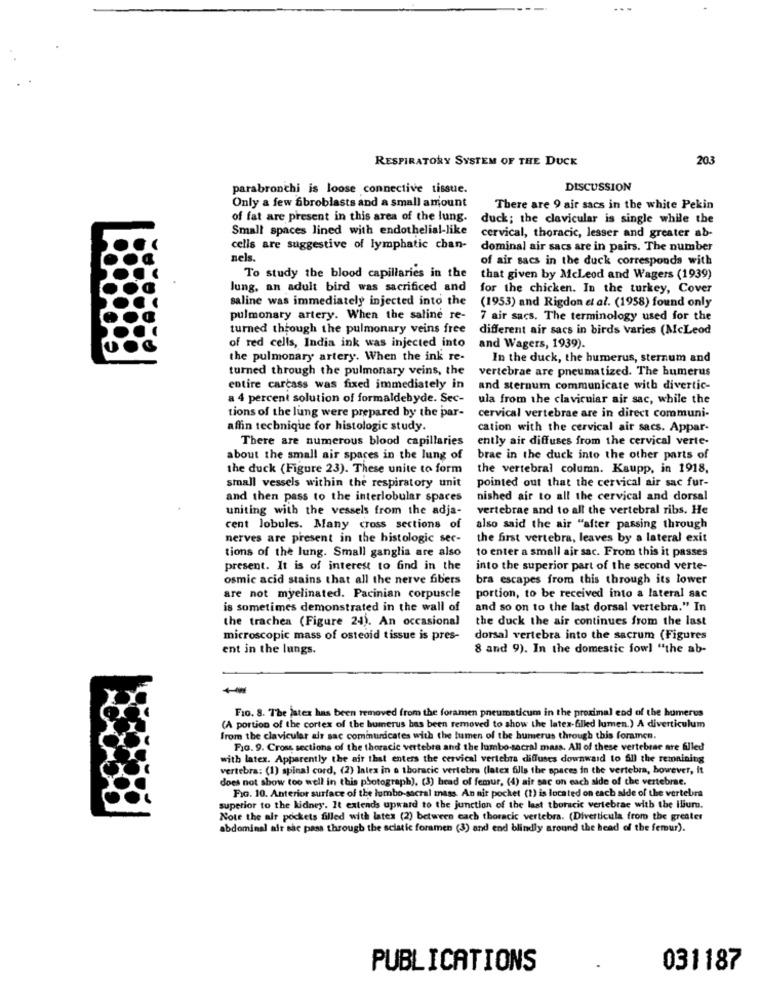
RESPIRATORY SYSTEM OF THE DUCK
203
parabronchi is loose connective tissue.
DISCUSSION
Only a few fibroblasts and a small amount
There are 9 air sacs in the white Pekin
of fat are present in this area of the lung.
duck; the clavicular is single while the
Small spaces lined with endothelial-like
cervical, thoracic, lesser and greater ab-
cells are suggestive of lymphatic chan-
dominal air sacs are in pairs. The number
nels.
of air sacs in the duck corresponds with
To study the blood capillaries in the
that given by McLeod and Wagers (1939)
lung, an adult bird was sacrificed and
for the chicken. In the turkey, Cover
saline was immediately injected into the
(1953) and Rigdon et al. (1958) found only
pulmonary artery. When the saline re-
7 air sacs. The terminology used for the
turned through the pulmonary veins free
different air sacs in birds varies (McLeod
of red cells, India ink was injected into
and Wagers, 1939).
the pulmonary artery. When the ink re-
In the duck, the humerus, sternum and
turned through the pulmonary veins, the
vertebrae are pneumatized. The humerus
entire carcass was fixed immediately in
and sternum communicate with divertic-
a 4 percent solution of formaldehyde. Sec-
ula from the clavicular air sac, while the
tions of the lung were prepared by the par-
cervical vertebrae are in direct communi-
affin technique for histologic study.
cation with the cervical air sacs. Appar-
There are numerous blood capillaries
ently air diffuses from the cervical verte-
about the small air spaces in the lung of
brae in the duck into the other parts of
the duck (Figure 23). These unite to form
the vertebral column. Kaupp, in 1918,
pointed out that the cervical air sac fur-
small vessels within the respiratory unit
and then pass to the interlobular spaces
nished air to all the cervical and dorsal
uniting with the vessels from the adja-
vertebrae and to all the vertebral ribs. He
cent lobules. Many cross sections of
also said the air "after passing through
nerves are present in the histologic sec-
the first vertebra, leaves by a lateral exit
tions of the lung. Small ganglia are also
to enter a small air sac. From this it passes
present. It is of interest to find in the
into the superior part of the second verte-
osmic acid stains that all the nerve fibers
bra escapes from this through its lower
are not myelinated. Pacinian corpuscle
portion, to be received into a lateral sac
is sometimes demonstrated in the wall of
and so on to the last dorsal vertebra." In
the trachea (Figure 24). An occasional
the duck the air continues from the last
microscopic mass of osteoid tissue is pres-
dorsal vertebra into the sacrum (Figures
ent in the lungs.
8 and 9). In the domestic fowl "the ab-
Fio. 8. The jatex has been removed from the foramen pneumaticum in the proximal end of the humerus
(A portion of the cortex of the humerus has been removed to show the latex-filled lumen.) A diverticulum
from the clavicular air sac cominurdcates with the lumen of the humerus through this foramen.
FIG. 9. Cross sections of the thoracic vertebra and the lumbo-sacral mass. All of these vertebrae are filled
with latex. Apparently the air that enters the cervical vertebra diffuses downward to 51) the remaining
vertebra: (1) spinal cord, (2) lalex in a thoracic vertebre (latex fills the spaces in the vertebra, however, it
does not show too well in this photograph), (3) head of femur, (4) air sac on each alde of the vertebrae.
FIG. 10. Anterior surface of the lumbo-sacral mass. An nit pocket (1) is located on each alde of the vertebra
superior to the kidney. It extends upward to the junction of the last thoracic vertebrae with the ilium.
Note the alt pockets filled with lates (2) between cach thoracic vertebra. (Diverticula from the greater
abdominal air sac pass through the sciatic foramen (3) and end blindly around the head of the femur).
PUBLICATIONS
031187